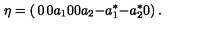
\eta = \left( \begin{matrix} { 0 } & { 0 } & { a _ { 1 } } \\ { 0 } & { 0 } & { a _ { 2 } } \\ { - a _ { 1 } ^ { * } } & { - a _ { 2 } ^ { * } } & { 0 } \\ \end{matrix} \right) .